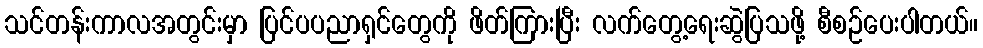
သင်တန်းကာလအတွင်းမှာ ပြင်ပပညာရှင်တွေကို ဖိတ်ကြားပြီး လက်တွေ့ရေးဆွဲပြသဖို့ စီစဉ်ပေးပါတယ်။